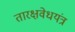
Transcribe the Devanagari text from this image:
तारक्षवेधयंत्र